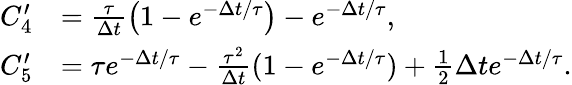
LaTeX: \begin{array}{rl}{C_{4}^{\prime}}&{=\frac{\tau}{\Delta t}\left(1-e^{-\Delta t/\tau}\right)-e^{-\Delta t/\tau},}\\ {C_{5}^{\prime}}&{=\tau e^{-\Delta t/\tau}-\frac{\tau^{2}}{\Delta t}(1-e^{-\Delta t/\tau})+\frac 12\Delta te^{-\Delta t/\tau}.}\end{array}